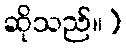
ဆိုသည်။)